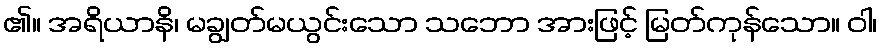
၏။ အရိယာနိ၊ မချွတ်မယွင်းသော သဘော အားဖြင့် မြတ်ကုန်သော။ ဝါ၊